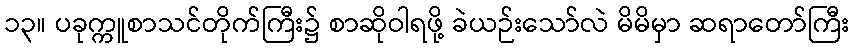
၁၃။ ပခုက္ကူစာသင်တိုက်ကြီး၌ စာဆိုဝါရဖို့ ခဲယဉ်းသော်လဲ မိမိမှာ ဆရာတော်ကြီး